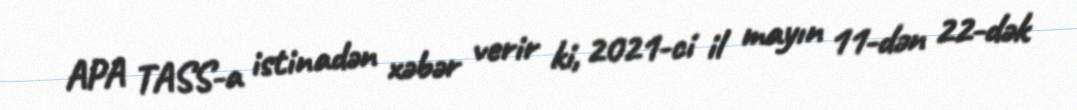
APA TASS-a istinadən xəbər verir ki, 2021-ci il mayın 11-dən 22-dək